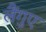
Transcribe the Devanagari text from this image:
लैंगुए